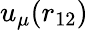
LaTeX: u_{\mu}(r_{12})